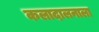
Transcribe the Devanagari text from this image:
कलादालनाला